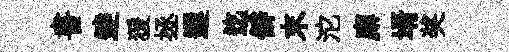
書逹猨拯遲迄僻末沱廨壻奖